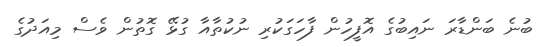
ބުނެ ބަންޑާރަ ނައިބުގެ އޮފީހުން ފާހަގަކުރި ނުކުތާއާ ގުޅޭ ގޮތުން ވެސް މިއަދުގެ